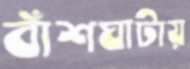
বাঁশঘাটায়